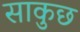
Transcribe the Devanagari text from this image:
साकुछ